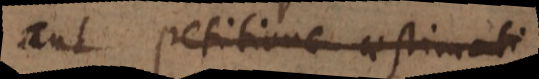
aut petitione aestimati